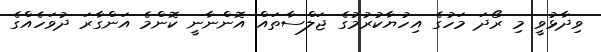
ވިދާޅުވީ މި ރޯދަ މަހުގެ އިހުޔާކުރުމުގެ ޖަލްސާތައް އޮންނާނީ ކޮންމެ އަންގާރަ ދުވަހެއްގެ